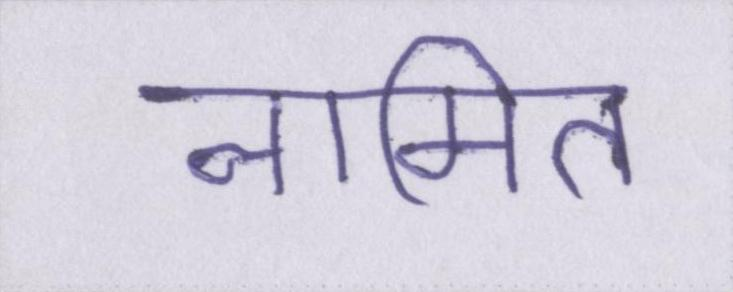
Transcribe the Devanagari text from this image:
नामित